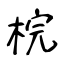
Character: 梡